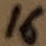
Text: 16